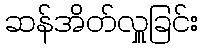
ဆန်အိတ်လှူခြင်း